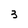
Character: 3